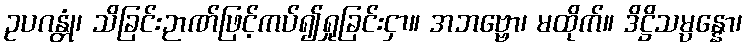
ဥပဂန္တုံ၊ သိခြင်းဉာဏ်ဖြင့်ကပ်၍ရှုခြင်းငှာ။ အဘဗ္ဗော၊ မထိုက်။ ဒိဋ္ဌိသမ္ပန္နော၊